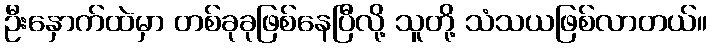
ဦးနှောက်ထဲမှာ တစ်ခုခုဖြစ်နေပြီလို့ သူတို့ သံသယဖြစ်လာတယ်။